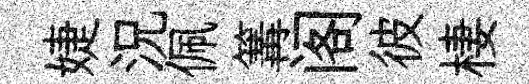
婕況佩篝阁彼棲